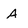
Character: A